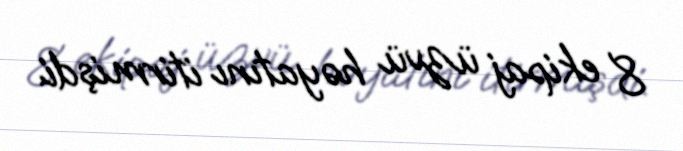
8 ekipaj üzvü həyatını itirmişdi.